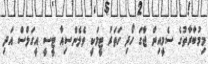
މިމުބާރާތުގެ ސެމީއިން ޖާގަ ހޯދި ހަތަރު ޓީމަކީ ވެލެންސިއާ ޓީސީ އީގަލްސް އަދި